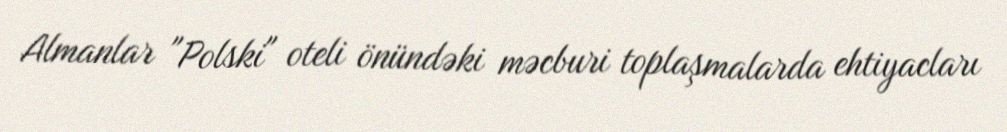
Almanlar "Polski" oteli önündəki məcburi toplaşmalarda ehtiyacları